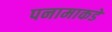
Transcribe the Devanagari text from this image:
पनामाकडे